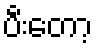
ပီးတော့